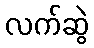
လက်ဆွဲ